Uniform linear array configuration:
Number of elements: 32
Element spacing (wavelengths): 0.5
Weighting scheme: blackman
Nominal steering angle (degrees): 60
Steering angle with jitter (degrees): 61.018
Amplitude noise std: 0.05
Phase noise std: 0.05

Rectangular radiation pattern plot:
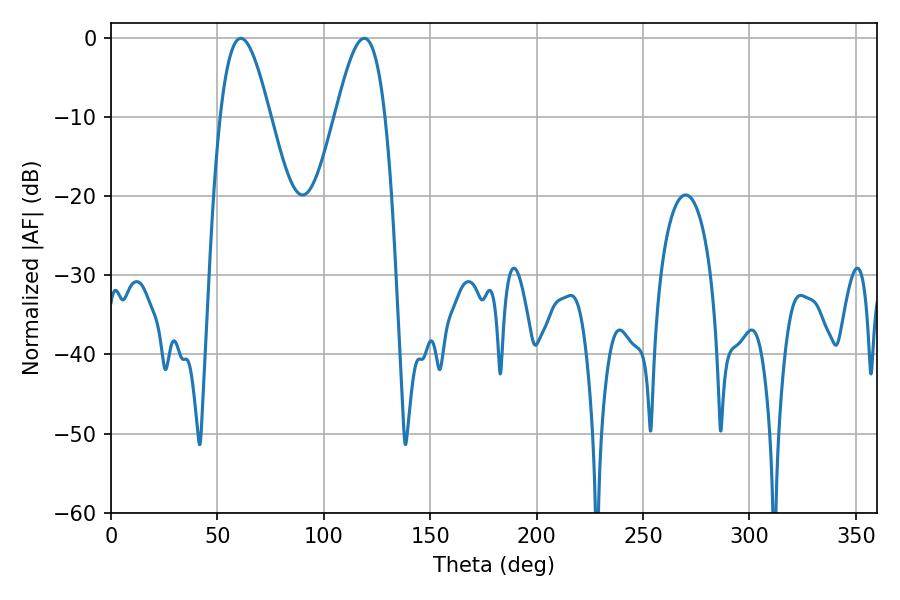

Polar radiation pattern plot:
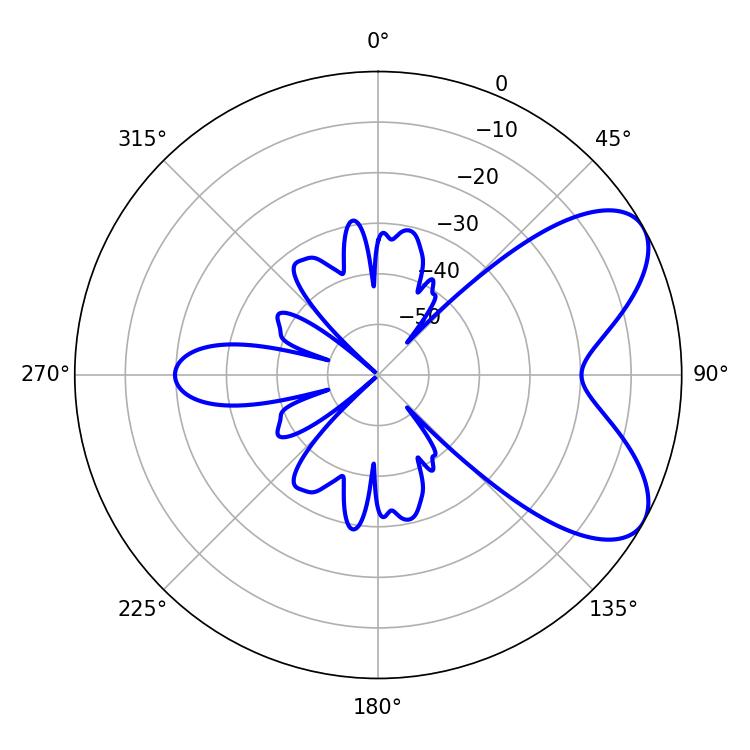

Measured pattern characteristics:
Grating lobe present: FALSE
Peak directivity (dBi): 6.71
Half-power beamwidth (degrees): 12.6
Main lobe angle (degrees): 61.02